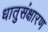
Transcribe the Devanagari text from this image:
धातुसंक्षारण